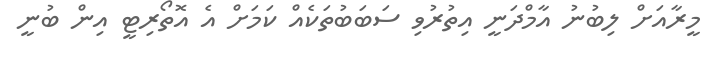
މީރާއަށް ލިބުނު އާމްދަނީ އިތުރުވި ސަބަބުތަކެއް ކަމަށް އެ އޮތޯރިޓީ އިން ބުނީ